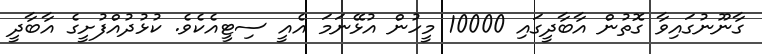
ގާނޫނުގައިވާ ގޮތުން އާބާދީގައި 10000 މީހުން އުޅޭނަމަ އެއީ ސިޓީއެކެވެ. ކުޅުދުއްފުށީގެ އާބާދީ